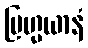
ဗြဟ္မယာနံ